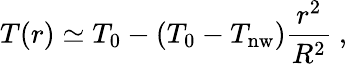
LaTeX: T(r)\simeq T_{0}-(T_{0}-T_{\mathrm{nw}})\frac{r^{2}}{R^{2}}\ ,